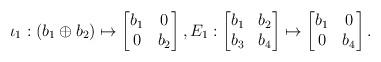
LaTeX: \begin{align*}\iota_1 :(b_1 \oplus b_2 ) \mapsto \begin{bmatrix} b_1 & 0 \\ 0 & b_2 \end{bmatrix},E_1: \begin{bmatrix} b_1 & b_2 \\ b_3& b_4 \end{bmatrix} \mapsto \begin{bmatrix} b_1 & 0 \\ 0& b_4 \end{bmatrix}.\end{align*}